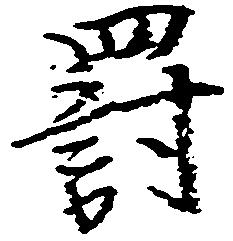
罰